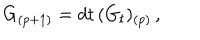
LaTeX: G _ { ( p + 1 ) } = d t \, ( G _ { t } ) _ { ( p ) } \, ,